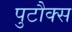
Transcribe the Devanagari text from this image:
पुटौक्स